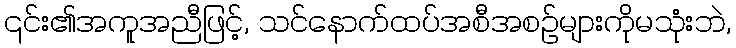
၎င်း၏အကူအညီဖြင့်, သင်နောက်ထပ်အစီအစဉ်များကိုမသုံးဘဲ,